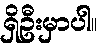
ရှိဦးမှာပါ။